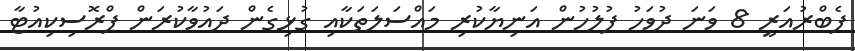
ފެބްރުއަރީ 8 ވަނަ ދުވަހު ފުލުހުން އަނިޔާކުރި މައްސަލަތަކާއި ގުޅިގެން ދައުވާކުރަން ޕްރޮސިކިއުޓާ